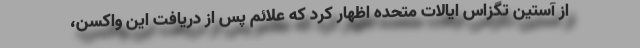
از آستین تگزاس ایالات متحده اظهار کرد که علائم پس از دریافت این واکسن،